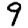
Digit: 9